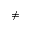
\neq